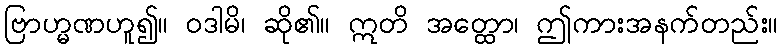
ဗြာဟ္မဏဟူ၍။ ဝဒါမိ၊ ဆို၏။ ဣတိ အတ္ထော၊ ဤကားအနက်တည်း။